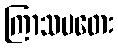
ကြာသပတေး